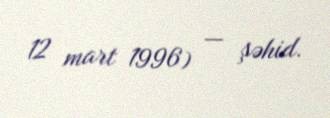
12 mart 1996) — şəhid.